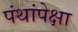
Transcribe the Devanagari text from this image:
पंथांपेक्षा